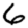
Digit: 6